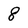
Character: 8